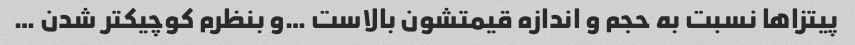
پیتزاها نسبت به حجم و اندازه قیمتشون بالاست …و بنظرم کوچیکتر شدن …